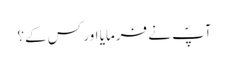
آپؐ نے فرمایا اور کس کے؟